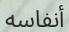
أنفاسه